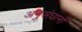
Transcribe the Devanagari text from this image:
अनुसंघानों